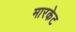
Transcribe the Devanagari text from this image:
मारकेट